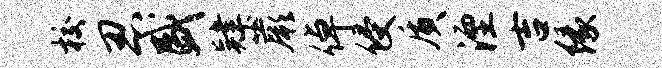
校忍盛肄蕨倬侵质湮吉缘